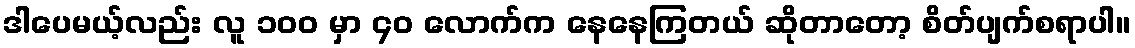
ဒါပေမယ့်လည်း လူ ၁၀၀ မှာ ၄၀ လောက်က နေနေကြတယ် ဆိုတာတော့ စိတ်ပျက်စရာပါ။